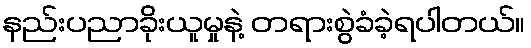
နည်းပညာခိုးယူမှုနဲ့ တရားစွဲခံခဲ့ရပါတယ်။